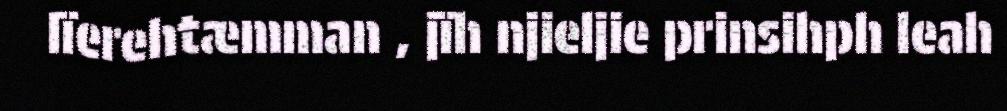
lïerehtæmman , jïh njieljie prinsihph leah